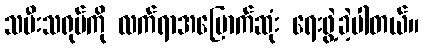
သမီးသရုပ်ကို လက်ရာအမြောက်ဆုံး ရေးဖွဲ့ခဲ့ပါတယ်။